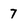
Character: 7